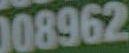
008962